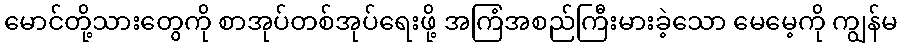
မောင်တို့သားတွေကို စာအုပ်တစ်အုပ်ရေးဖို့ အကြံအစည်ကြီးမားခဲ့သော မေမေ့ကို ကျွန်မ